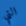
التي